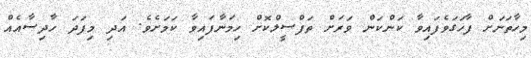
މިހާތަނަށް ފާހަގަވެފައިވާ ކަންކަން ވަރަށް ތަފްސީލްކޮށް ހިމަނާފައިވާ ކަމަށެވެ. އަދި މިފަދަ ހާދިސާއެއް